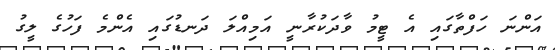
އަންނަ ހަފްތާގައި އެ ޓީމު ވާދަކުރާނީ އަމިއްލަ ދަނޑުގައި އެންމެ ފަހުގެ ލީގު